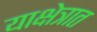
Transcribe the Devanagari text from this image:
याक्षेत्रात